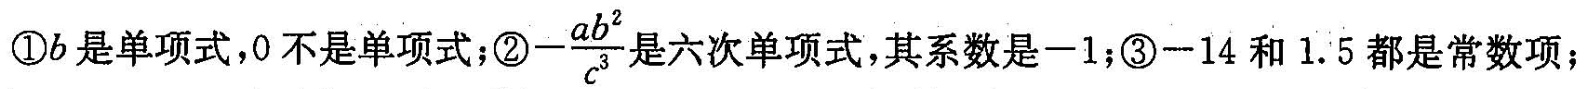
①b是单项式，0不是单项式；② - \frac{ab^{2}}{c^{3}} 上六次单项式，其系数是-1；③-14和1.5都是常数项；